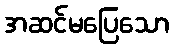
အဆင်မပြေသော